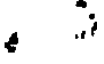
.